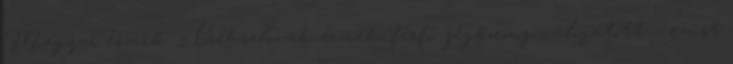
Magyar érmek: – Csehszlovák érmek: férfi jégkorong-válogatott – ezüst